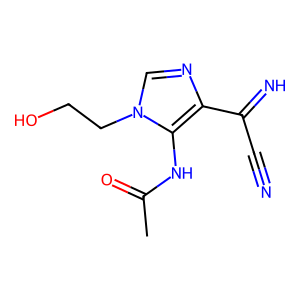
SMILES: CC(=O)Nc1c(C(=N)C#N)ncn1CCO
Inhibits HIV replication: No